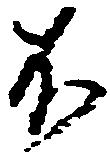
不